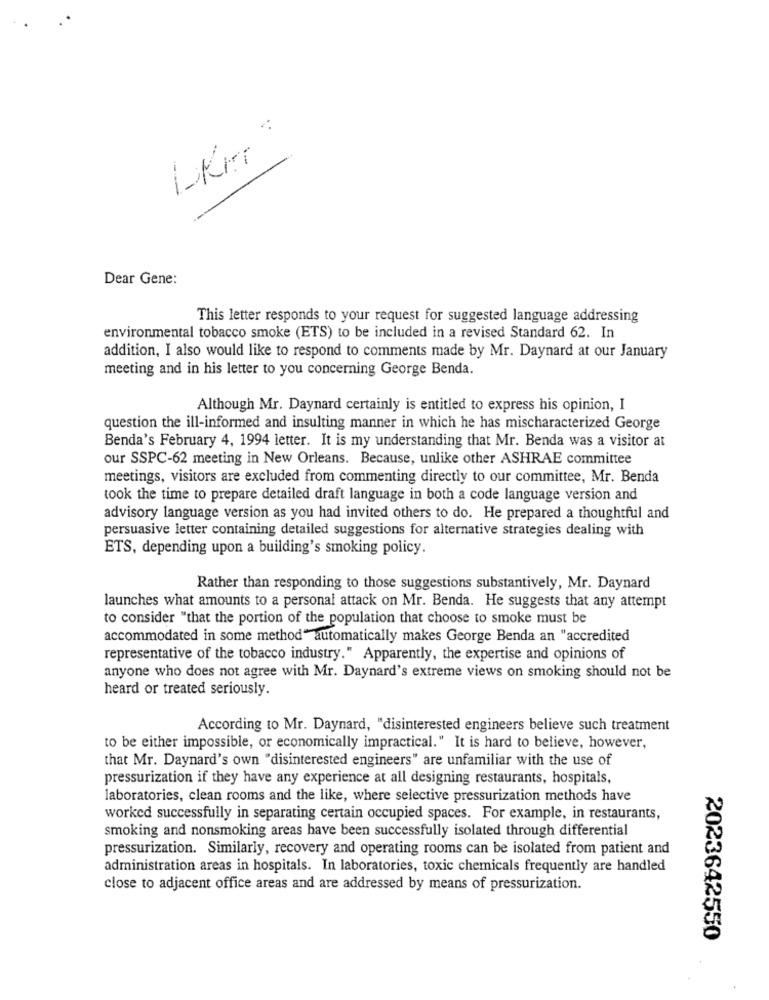
:
Dear Gene:
This letter responds to your request for suggested language addressing
environmental tobacco smoke (ETS) to be included in a revised Standard 62. In
addition, I also would like to respond to comments made by Mr. Daynard at our January
meeting and in his letter to you concerning George Benda.
Although Mr. Daynard certainly is entitled to express his opinion, I
question the ill-informed and insulting manner in which he has mischaracterized George
Benda's February 4, 1994 letter. It is my understanding that Mr. Benda was a visitor at
our SSPC-62 meeting in New Orleans. Because, unlike other ASHRAE committee
meetings, visitors are excluded from commenting directly to our committee, Mr. Benda
took the time to prepare detailed draft language in both a code language version and
advisory language version as you had invited others to do. He prepared a thoughtful and
persuasive letter containing detailed suggestions for alternative strategies dealing with
ETS, depending upon a building's smoking policy.
Rather than responding to those suggestions substantively, Mr. Daynard
launches what amounts to a personal attack on Mr. Benda. He suggests that any attempt
to consider "that the portion of the population that choose to smoke must be
accommodated in some method" automatically makes George Benda an "accredited
representative of the tobacco industry." Apparently, the expertise and opinions of
anyone who does not agree with Mr. Daynard's extreme views on smoking should not be
heard or treated seriously.
According to Mr. Daynard, "disinterested engineers believe such treatment
to be either impossible, or economically impractical." It is hard to believe, however,
that Mr. Daynard's own "disinterested engineers" are unfamiliar with the use of
pressurization if they have any experience at all designing restaurants, hospitals,
laboratories, clean rooms and the like, where selective pressurization methods have
worked successfully in separating certain occupied spaces. For example, in restaurants,
smoking and nonsmoking areas have been successfully isolated through differential
pressurization. Similarly, recovery and operating rooms can be isolated from patient and
administration areas in hospitals. In laboratories, toxic chemicals frequently are handled
close to adjacent office areas and are addressed by means of pressurization.
2023642550